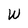
Character: W